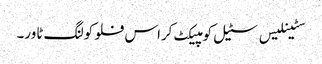
سٹینلیس سٹیل کومپیکٹ کراس فلو کولنگ ٹاور۔